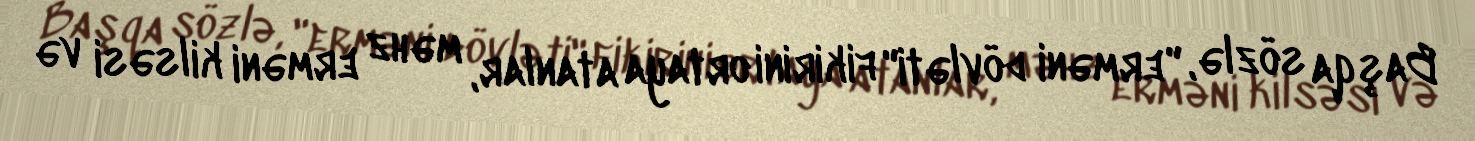
Başqa sözlə, "erməni dövləti" fikirini ortaya atanlar, məhz erməni kilsəsi və